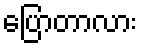
ပြောတာလား